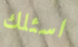
اسئلك